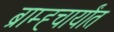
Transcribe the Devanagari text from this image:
ब्राम्ह्चार्यांत